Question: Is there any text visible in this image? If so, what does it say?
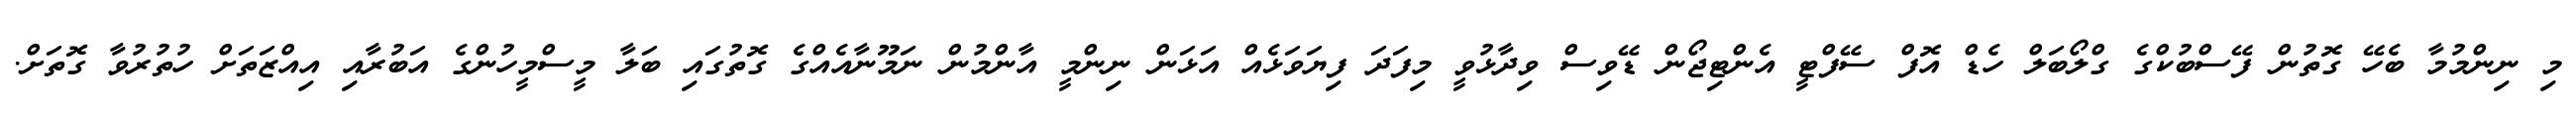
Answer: މި ނިންމުމާ ބެހޭ ގޮތުން ފޭސްބުކްގެ ގްލޯބަލް ހެޑް އޮފް ސޭފްޓީ އެންޓިޖޯން ޑޭވިސް ވިދާޅުވީ މިފަދަ ފިޔަވަޅެއް އަޅަން ނިންމީ އާންމުން ނަމޫނާއެއްގެ ގޮތުގައި ބަލާ މީސްމީހުންގެ އަބުރާއި އިއްޒަތަށް ހުތުރުވާ ގޮތަށް.